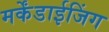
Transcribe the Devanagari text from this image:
मर्केंडाईजिंग